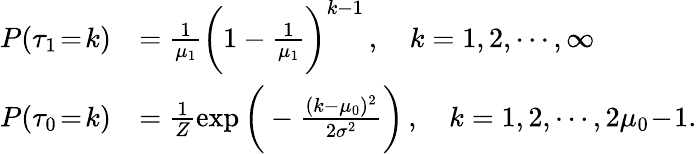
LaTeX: \begin{array}{rl}{P(\tau_{1}\! =\! k)}&{=\frac{1}{\mu_{1}}\bigg(1-\frac{1}{\mu_{1}}\bigg)^{k-1}\, ,\quad k=1,2,\cdots,\infty}\\ {P(\tau_{0}\! =\! k)}&{=\frac{1}{Z}\exp\bigg(-\frac{(k-\mu_{0})^{2}}{2\sigma^{2}}\bigg)\, ,\quad k=1,2,\cdots,2\mu_{0}\! -\! 1.}\end{array}